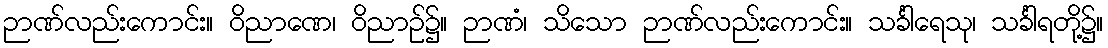
ဉာဏ်လည်းကောင်း။ ဝိညာဏေ၊ ဝိညာဉ်၌။ ဉာဏံ၊ သိသော ဉာဏ်လည်းကောင်း။ သင်္ခါရေသု၊ သင်္ခါရတို့၌။